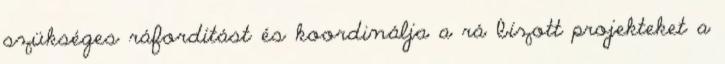
szükséges ráfordítást és koordinálja a rá bízott projekteket a